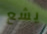
يشع